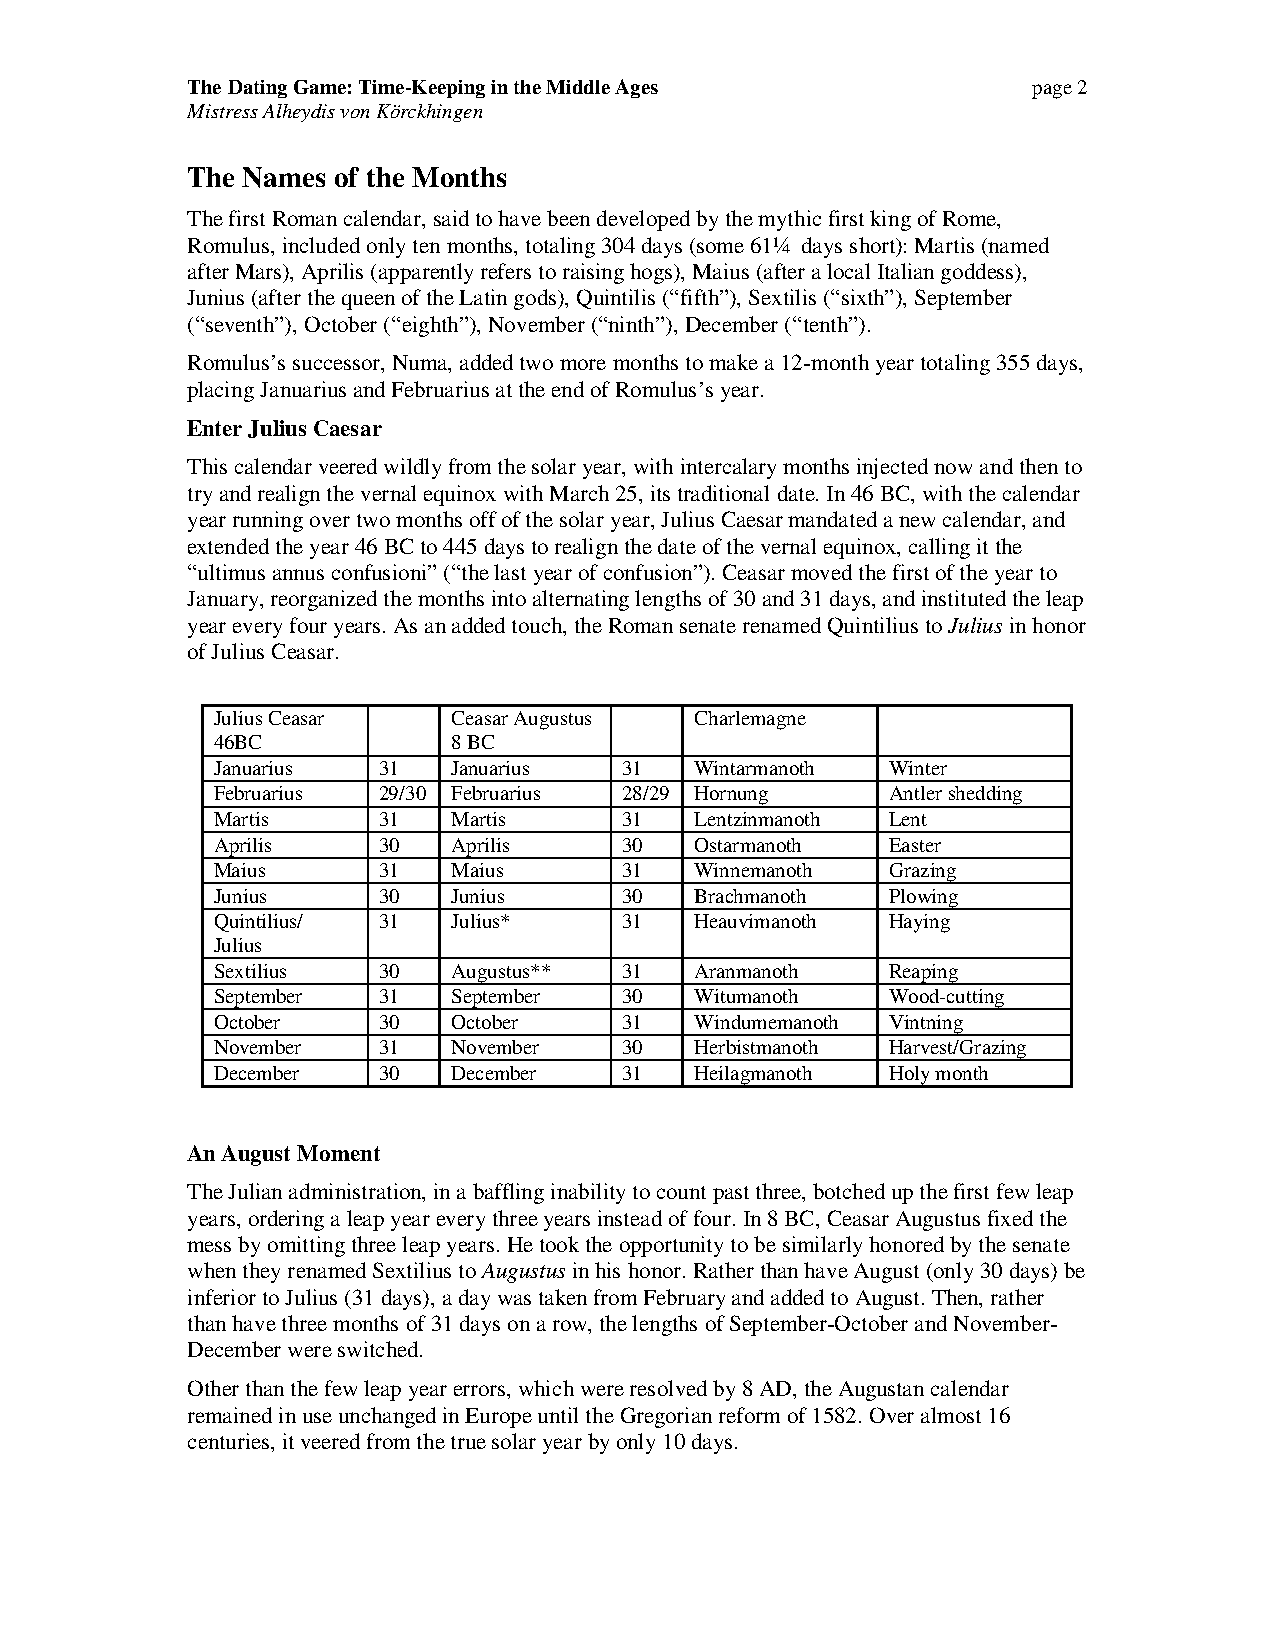
The Dating Game: Time-Keeping in the Middle Ages        page 2
 Mistress Alheydis von Körckhingen
 The Names of the Months
 The first Roman calendar, said to have been developed by the mythic first king of Rome,
 Romulus, included only ten months, totaling 304 days (some 61¼ days short): Martis (named
 after Mars), Aprilis (apparently refers to raising hogs), Maius (after a local Italian goddess),
 Junius (after the queen of the Latin gods), Quintilis (“fifth”), Sextilis (“sixth”), September
 (“seventh”), October (“eighth”), November (“ninth”), December (“tenth”).
 Romulus’s successor, Numa, added two more months to make a 12-month year totaling 355 days,
 placing Januarius and Februarius at the end of Romulus’s year.
 Enter Julius Caesar
 This calendar veered wildly from the solar year, with intercalary months injected now and then to
 try and realign the vernal equinox with March 25, its traditional date. In 46 BC, with the calendar
 year running over two months off of the solar year, Julius Caesar mandated a new calendar, and
 extended the year 46 BC to 445 days to realign the date of the vernal equinox, calling it the
 “ultimus annus confusioni” (“the last year of confusion”). Ceasar moved the first of the year to
 January, reorganized the months into alternating lengths of 30 and 31 days, and instituted the leap
 year every four years. As an added touch, the Roman senate renamed Quintilius to Julius in honor
 of Julius Ceasar.
 Julius Ceasar   Ceasar Augustus Charlemagne
 46BC            8 BC
 Januarius  31   Januarius  31   Wintarmanoth Winter
 Februarius 29/30 Februarius 28/29 Hornung    Antler shedding
 Martis     31   Martis     31   Lentzinmanoth Lent
 Aprilis    30   Aprilis    30   Ostarmanoth  Easter
 Maius      31   Maius      31   Winnemanoth  Grazing
 Junius     30   Junius     30   Brachmanoth  Plowing
 Quintilius/ 31  Julius*    31   Heauvimanoth Haying
 Julius
 Sextilius  30   Augustus** 31   Aranmanoth   Reaping
 September  31   September  30   Witumanoth   Wood-cutting
 October    30   October    31   Windumemanoth Vintning
 November   31   November   30   Herbistmanoth Harvest/Grazing
 December   30   December   31   Heilagmanoth Holy month
 An August Moment
 The Julian administration, in a baffling inability to count past three, botched up the first few leap
 years, ordering a leap year every three years instead of four. In 8 BC, Ceasar Augustus fixed the
 mess by omitting three leap years. He took the opportunity to be similarly honored by the senate
 when they renamed Sextilius to Augustus in his honor. Rather than have August (only 30 days) be
 inferior to Julius (31 days), a day was taken from February and added to August. Then, rather
 than have three months of 31 days on a row, the lengths of September-October and November-
 December were switched.
 Other than the few leap year errors, which were resolved by 8 AD, the Augustan calendar
 remained in use unchanged in Europe until the Gregorian reform of 1582. Over almost 16
 centuries, it veered from the true solar year by only 10 days.